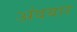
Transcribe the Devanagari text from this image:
अंदबार